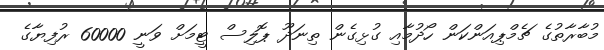
މުބާރާތުގެ ޗެމްޕިއަންކަން ހޯދުމާއި ގުޅިގެން ތިނަދޫ ޕޮލިސް ޓީމަށް ވަނީ 60000 ރުފިޔާގެ